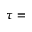
\tau =